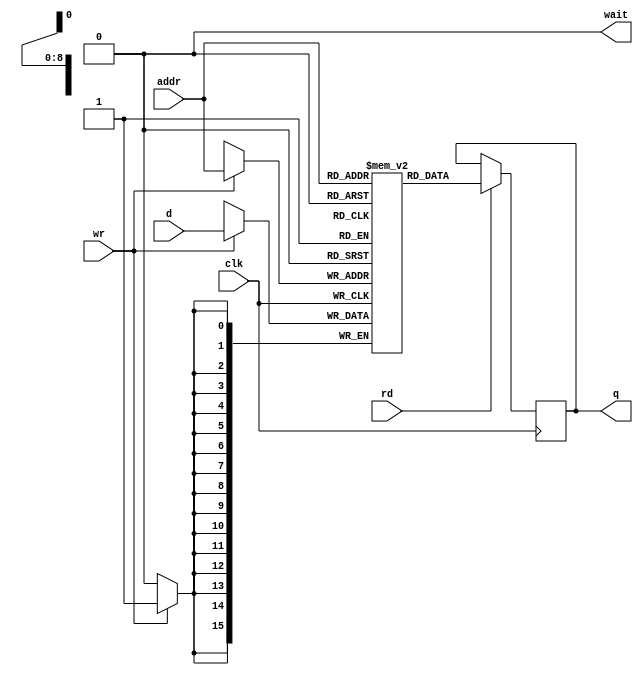
module mem #(parameter ABITS=9) (
	input clk,
	input [ABITS-1:0] addr,
	input [15:0] d,
	input rd,
	input wr,
	output reg [15:0] q,
	output wait
);

//`define testwithdelay 1
	reg [15:0] m[0:(1<<ABITS)-1];
	wire rdenable = rd & ~wait;
	wire wrenable = wr & ~wait;
	always @(posedge clk) begin
		if (rdenable)
			q <= m[addr];
		if (wrenable)
			m[addr] <= d;
	end

`ifndef testwithdelay
	assign wait = 0;
`else
	reg [1:0] delay;
	assign wait = delay != 2'd3;
	always @(posedge clk)
	if (~(rd|wr))
		delay <= 0;
	else if (delay != 2'd3)
		delay <= delay + 1;
`endif

endmodule